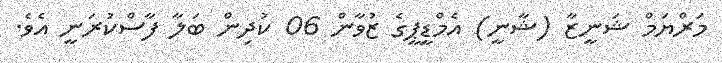
މަރްޔަމް ޝަނީޒާ (ޝާނީ) އެމްޑީޕީގެ ޒުވާން 06 ކުދިން ބަލާ ފާސްކުރަނީ އެވެ.